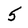
Character: 5